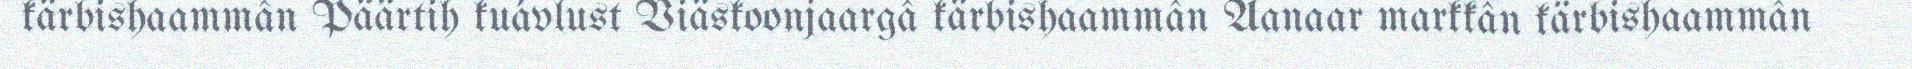
kärbishaammân Päärtih kuávlust Viäskoonjaargâ kärbishaammân Aanaar markkân kärbishaammân